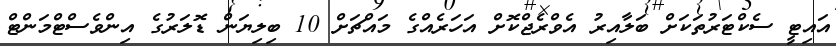
އައިޓީ ސެކްޓަރުތަކަށް ބަލާއިރު އެވްރެޖްކޮށް އަހަރެއްގެ މައްޗަށް 10 ބިލިޔަން ޑޮލަރުގެ އިންވެސްޓްމަންޓް